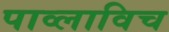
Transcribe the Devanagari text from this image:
पाव्लाविच